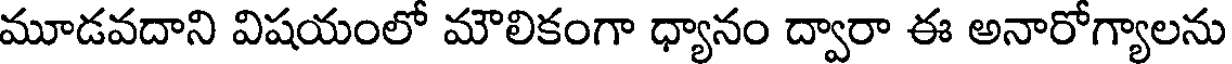
మూడవదాని విషయంలో మౌలికంగా ధ్యానం ద్వారా ఈ అనారోగ్యాలను